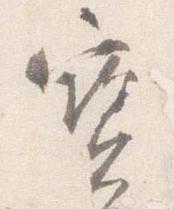
宝